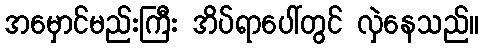
အမှောင်မည်းကြီး အိပ်ရာပေါ်တွင် လှဲနေသည်။